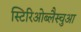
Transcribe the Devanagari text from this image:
स्टिरिओब्लैस्चुआ